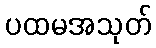
ပထမအသုတ်